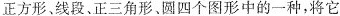
正方形、线段、正三角形、圆四个图形中的一种，将它